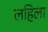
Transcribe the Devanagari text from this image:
लहिला